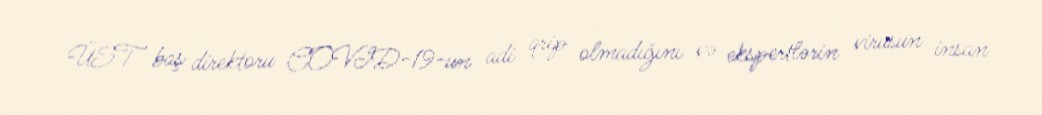
ÜST baş direktoru COVID-19-un adi qrip olmadığını və ekspertlərin virusun insan